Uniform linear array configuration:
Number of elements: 48
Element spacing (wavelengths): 0.75
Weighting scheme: uniform
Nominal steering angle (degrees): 15
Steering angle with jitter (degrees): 15.519
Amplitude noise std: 0.05
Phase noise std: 0.05

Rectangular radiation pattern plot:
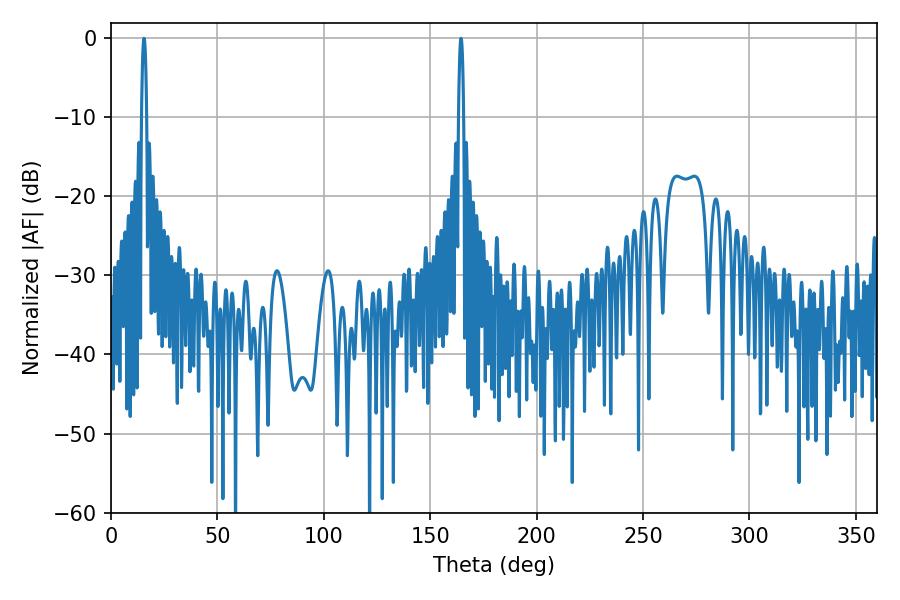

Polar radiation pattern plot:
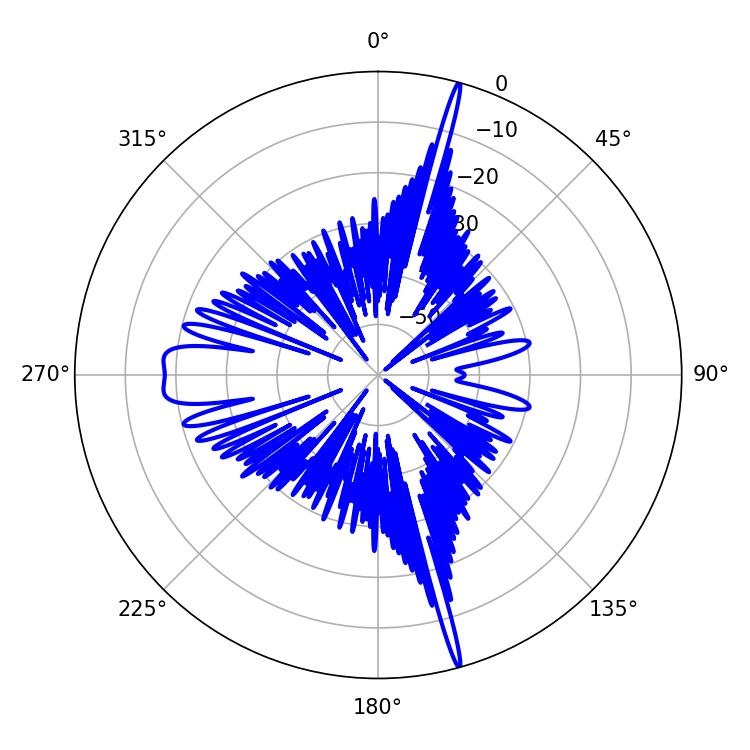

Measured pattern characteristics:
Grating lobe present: TRUE
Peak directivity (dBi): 23.661
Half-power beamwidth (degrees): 1.26
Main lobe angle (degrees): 15.48